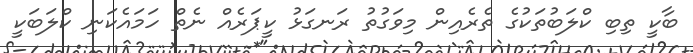
ބާކީ ތިބި ކްލަބުތަކުގެ ތެރެއިން މިވަގުތު ރަނގަޅު ކީޕަރެއް ނެތް ހަމައެކަނި ކްލަބަކީ